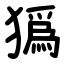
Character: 㺔